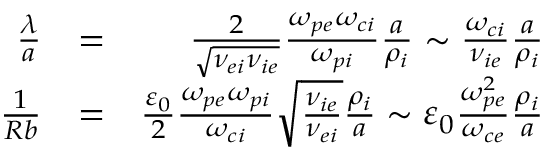
\begin{array} { r l r } { \frac { \lambda } { a } } & { = } & { \frac { 2 } { \sqrt { \nu _ { e i } \nu _ { i e } } } \frac { \omega _ { p e } \omega _ { c i } } { \omega _ { p i } } \frac { a } { \rho _ { i } } \sim \frac { \omega _ { c i } } { \nu _ { i e } } \frac { a } { \rho _ { i } } } \\ { \frac { 1 } { R b } } & { = } & { \frac { \varepsilon _ { 0 } } { 2 } \frac { \omega _ { p e } \omega _ { p i } } { \omega _ { c i } } \sqrt { \frac { \nu _ { i e } } { \nu _ { e i } } } \frac { \rho _ { i } } { a } \sim \varepsilon _ { 0 } \frac { \omega _ { p e } ^ { 2 } } { \omega _ { c e } } \frac { \rho _ { i } } { a } } \end{array}